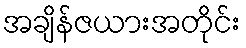
အချိန်ဇယားအတိုင်း